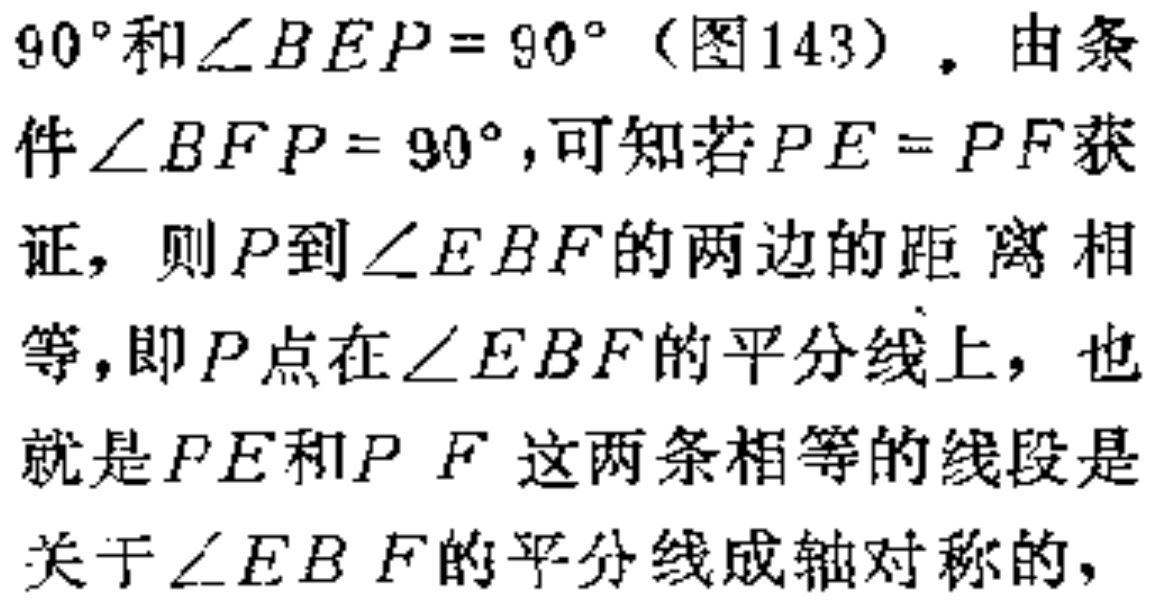
$90^{\circ}$和$\angle BEP = 90^{\circ}$（图143）。由条件$\angle BFP = 90^{\circ}$,可知若$PE = PF$获证，则$P$到$\angle EBF$的两边的距离相等，即$P$点在$\angle EBF$的平分线上，也就是$PE$和$PF$这两条相等的线段是关于$\angle EBF$的平分线成轴对称的，